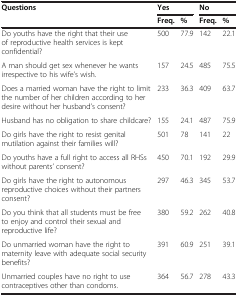
<table><thead><tr><td><b>Questions</b></td><td colspan="2"><b>Yes</b></td><td colspan="2"><b>No</b></td></tr><tr><td><b> </b></td><td><b>Freq.</b></td><td><b>%</b></td><td><b>Freq.</b></td><td><b>%</b></td></tr></thead><tbody><tr><td>Do youths have the right that their use of reproductive health services is kept confidential?</td><td>500</td><td>77.9</td><td>142</td><td>22.1</td></tr><tr><td>A man should get sex whenever he wants irrespective to his wife’s wish.</td><td>157</td><td>24.5</td><td>485</td><td>75.5</td></tr><tr><td>Does a married woman have the right to limit the number of her children according to her desire without her husband’s consent?</td><td>233</td><td>36.3</td><td>409</td><td>63.7</td></tr><tr><td>Husband has no obligation to share childcare?</td><td>155</td><td>24.1</td><td>487</td><td>75.9</td></tr><tr><td>Do girls have the right to resist genital mutilation against their families will?</td><td>501</td><td>78</td><td>141</td><td>22</td></tr><tr><td>Do youths have a full right to access all RHSs without parents’ consent?</td><td>450</td><td>70.1</td><td>192</td><td>29.9</td></tr><tr><td>Do girls have the right to autonomous reproductive choices without their partners consent?</td><td>297</td><td>46.3</td><td>345</td><td>53.7</td></tr><tr><td>Do you think that all students must be free to enjoy and control their sexual and reproductive life?</td><td>380</td><td>59.2</td><td>262</td><td>40.8</td></tr><tr><td>Do unmarried woman have the right to maternity leave with adequate social security benefits?</td><td>391</td><td>60.9</td><td>251</td><td>39.1</td></tr><tr><td>Unmarried couples have no right to use contraceptives other than condoms.</td><td>364</td><td>56.7</td><td>278</td><td>43.3</td></tr></tbody></table>